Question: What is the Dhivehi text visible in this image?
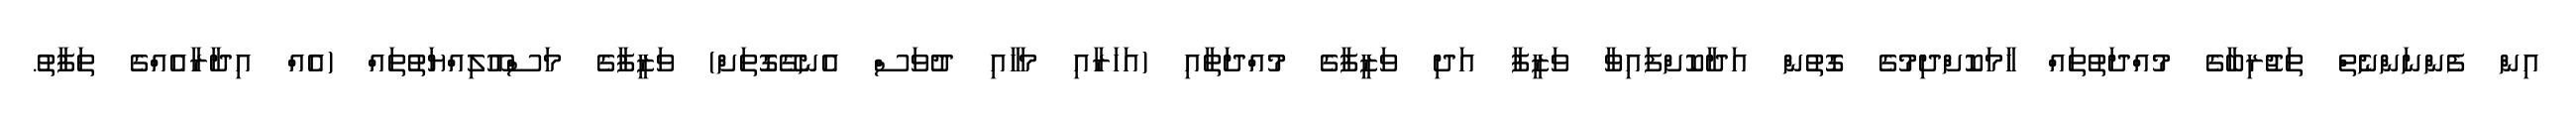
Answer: އިން ފެންނަންނެތް ތަޖުރިބާގެ މުއްދަތުތައް ހާމަކޮށްދިމުގެ ގޮތުން އަދާކޮށްފައިވާ ވަޒީފާ އަދި ވަޒީފާގެ މުއްދަތާއި (އަހަރާއި މަހާއި ދުވަސް އެނގޭގޮތަށް) ވަޒީފާގެ މަސްއޫލިއްޔަތުތައް (އެއް އިދާރާއެއްގެ ތަފާތު.